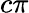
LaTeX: c\pi